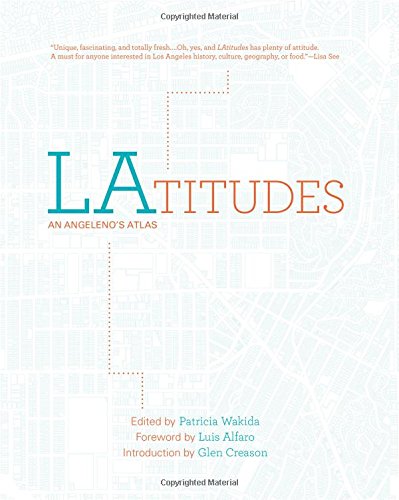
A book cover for LAtitudes: An Angeleno's Atlas; Patricia Wakida; History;